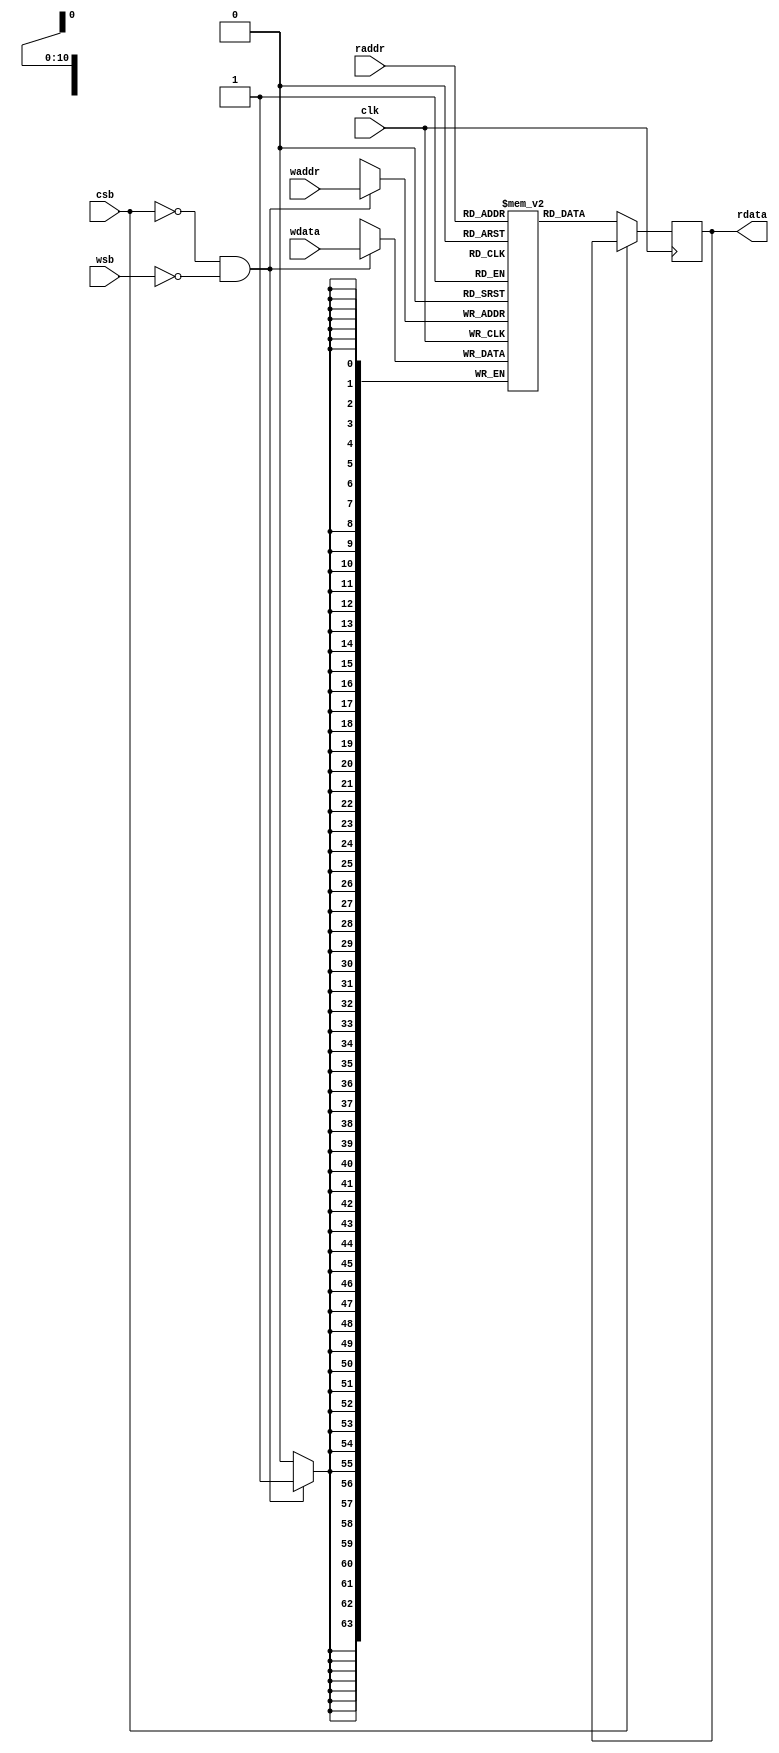
//==================================================================================================
//  Note:          Use only for teaching materials of IC Design Lab, NTHU.
//  Copyright: (c) 2022 Vision Circuits and Systems Lab, NTHU, Taiwan. ALL Rights Reserved.
//==================================================================================================


module sram_2048x64b #(
parameter BLOCK_SIZE_PER_SRAM = 2048,
parameter BW_SRAM_ADDR = 11,
parameter BW_SRAM_DATA = 64
)
(
input clk,
input csb,  //chip enable
input wsb,  //write enable
input [BW_SRAM_DATA-1:0] wdata, //write data
input [BW_SRAM_ADDR-1:0] waddr, //write address
input [BW_SRAM_ADDR-1:0] raddr, //read address

output reg [BW_SRAM_DATA-1:0] rdata
);

reg [BW_SRAM_DATA-1:0] mem [0:BLOCK_SIZE_PER_SRAM-1];
reg [BW_SRAM_DATA-1:0] _rdata;

always @(posedge clk) begin
    if(~csb && ~wsb)
        mem[waddr] <= wdata;
end

always @(posedge clk) begin
    if(~csb)
        _rdata <= mem[raddr];
end

always @* begin
    rdata = #(1) _rdata;
end

task load_msg(
    input integer idx,
    input [BW_SRAM_DATA-1:0] msg
);
    mem[idx] = msg;
endtask

task reset_sram;
    integer i;
    begin
        for(i = 0; i < BLOCK_SIZE_PER_SRAM;i = i + 1) begin
            mem[i] = 64'b0;
        end
    end
endtask

endmodule